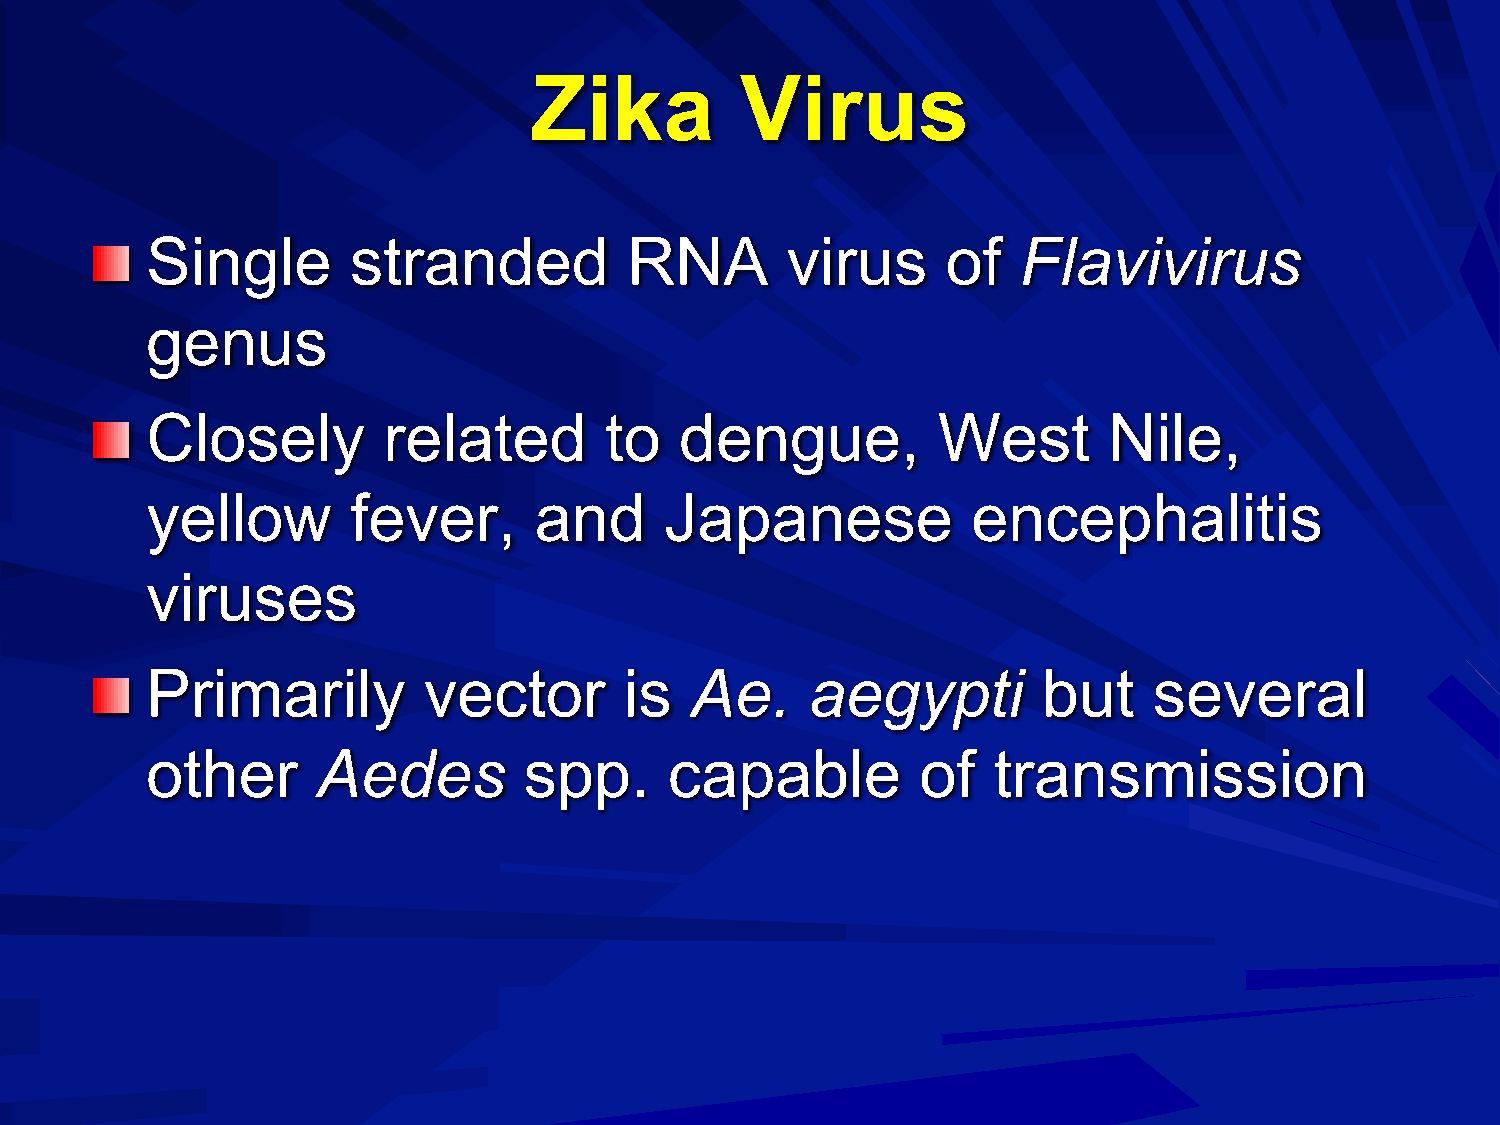
Zika          Virus
 Single       stranded           RNA       virus      of   Flavivirus
 genus
 Closely        related        to   dengue,          West       Nile,
 yellow       fever,      and      Japanese            encephalitis
 viruses
 Primarily         vector       is   Ae.     aegypti        but    several
 other      Aedes         spp.     capable          of   transmission